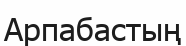
Арпабастың